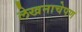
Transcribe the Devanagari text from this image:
लेखनाचेपण